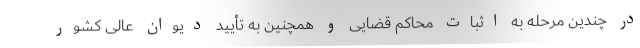
در چندین مرحله به اثبات محاکم قضایی و همچنین به تأیید دیوان عالی کشور